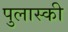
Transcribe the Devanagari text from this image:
पुलास्की